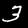
Label: 3